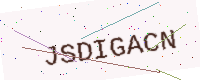
Text: JSDIGACN